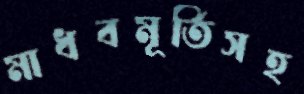
মাধবমূর্তিসহ